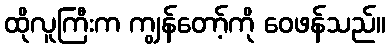
ထိုလူကြီးက ကျွန်တော့်ကို ဝေဖန်သည်။